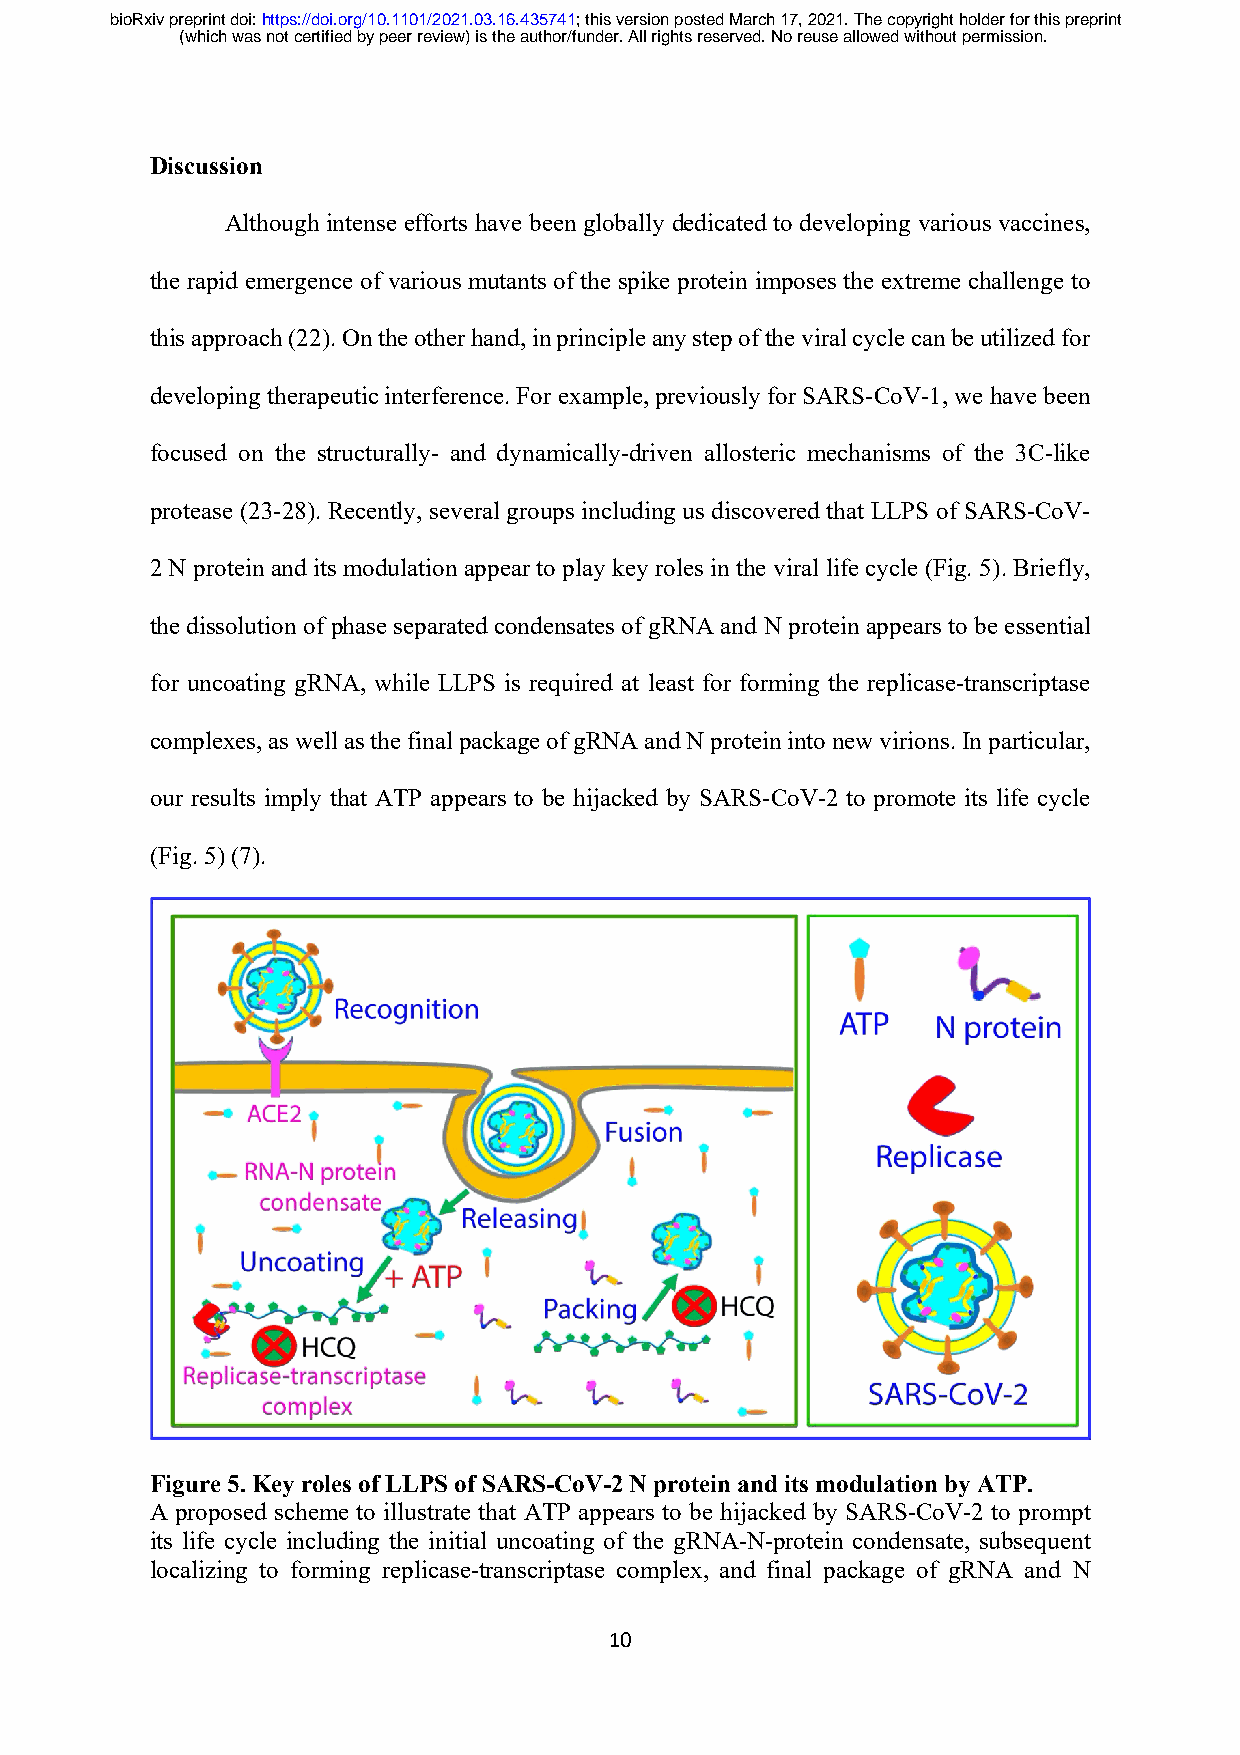
bioRxiv preprint doi: https://doi.org/10.1101/2021.03.16.435741; this version posted March 17, 2021. The copyright holder for this preprint
 (which was not certified by peer review) is the author/funder. All rights reserved. No reuse allowed without permission.
 Discussion
 Although intense efforts have been globally dedicated to developing various vaccines,
 the rapid emergence of various mutants of the spike protein imposes the extreme challenge to
 this approach (22). On the other hand, in principle any step of the viral cycle can be utilized for
 developing therapeutic interference. For example, previously for SARS-CoV-1, we have been
 focused on the structurally- and dynamically-driven allosteric mechanisms of the 3C-like
 protease (23-28). Recently, several groups including us discovered that LLPS of SARS-CoV-
 2 N protein and its modulation appear to play key roles in the viral life cycle (Fig. 5). Briefly,
 the dissolution of phase separated condensates of gRNA and N protein appears to be essential
 for uncoating gRNA, while LLPS is required at least for forming the replicase-transcriptase
 complexes, as well as the final package of gRNA and N protein into new virions. In particular,
 our results imply that ATP appears to be hijacked by SARS-CoV-2 to promote its life cycle
 (Fig. 5) (7).
 Figure 5. Key roles of LLPS of SARS-CoV-2 N protein and its modulation by ATP.
 A proposed scheme to illustrate that ATP appears to be hijacked by SARS-CoV-2 to prompt
 its life cycle including the initial uncoating of the gRNA-N-protein condensate, subsequent
 localizing to forming replicase-transcriptase complex, and final package of gRNA and N
 10